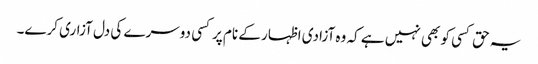
یہ حق کسی کو بھی نہیں ہے کہ وہ آزادی اظہار کے نام پرکسی دوسرے کی دل آزاری کرے۔